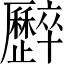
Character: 𠫏